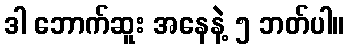
ဒါ ဘောက်ဆူး အနေနဲ့ ၅ ဘတ်ပါ။